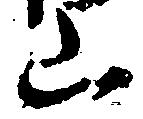
山